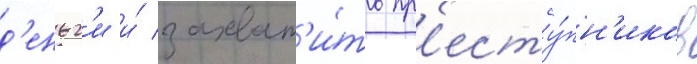
д'еньг'и и́ захват'и́ть пр'есту́пн'иков